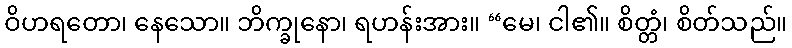
ဝိဟရတော၊ နေသော။ ဘိက္ခုနော၊ ရဟန်းအား။ “မေ၊ ငါ၏။ စိတ္တံ၊ စိတ်သည်။